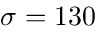
\sigma = 1 3 0